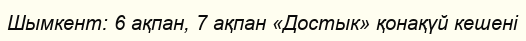
Шымкент: 6 ақпан, 7 ақпан «Достык» қонақүй кешені